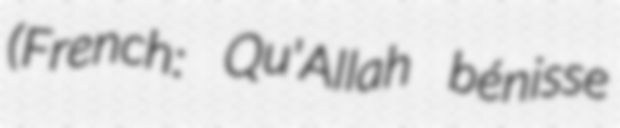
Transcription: (French: Qu'Allah bénisse